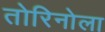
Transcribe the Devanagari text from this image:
तोरिनोला